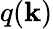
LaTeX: q(\mathbf{k})